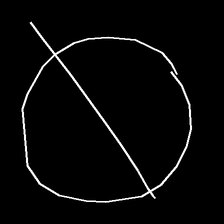
Glyph: orb